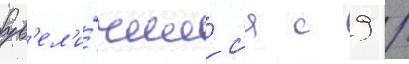
ув'ел'и́чилс'я с 9 /